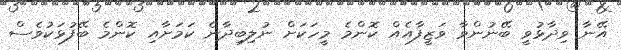
އޭނާ ވިދާޅުވީ ބޭނުންވާ ވަޒީފާއެއް ކޮންމެ މީހަކަށް ނުލިބިދާނެ ކަމަށާއި ކޮންމެ ބޭފުޅަކުވެސް